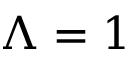
\Lambda = 1